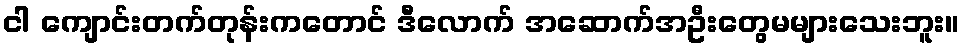
ငါ ကျောင်းတက်တုန်းကတောင် ဒီလောက် အဆောက်အဦးတွေမများသေးဘူး။